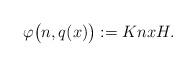
LaTeX: \begin{align*}\varphi\big(n, q(x)\big):=Knx H.\end{align*}